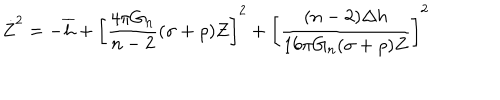
LaTeX: \dot { Z } ^ { 2 } = - \overline { { { h } } } + \left[ \frac { 4 \pi G _ { n } } { n - 2 } ( \sigma + \rho ) Z \right] ^ { 2 } + \left[ \frac { ( n - 2 ) \Delta h } { 1 6 \pi G _ { n } ( \sigma + \rho ) Z } \right] ^ { 2 }